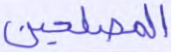
المصلحين